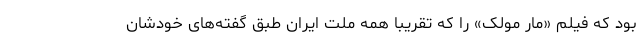
بود که فیلم «مار مولک» را که تقریبا همه ملت ایران طبق گفته‌های خودشان